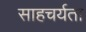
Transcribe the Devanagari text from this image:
साहचर्यता